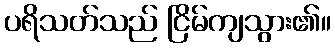
ပရိသတ်သည် ငြိမ်ကျသွား၏။